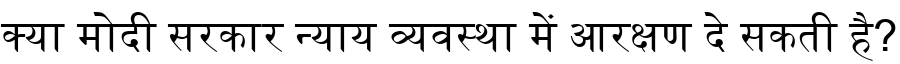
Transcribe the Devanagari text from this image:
क्या मोदी सरकार न्याय व्यवस्था में आरक्षण दे सकती है?